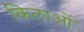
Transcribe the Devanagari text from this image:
किलाओं